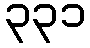
၃၃၁